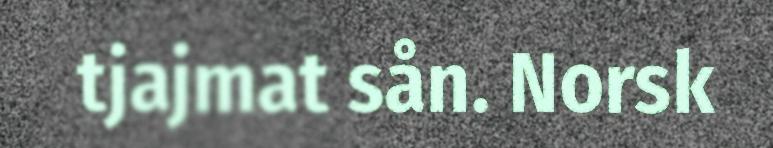
tjajmat sån. Norsk